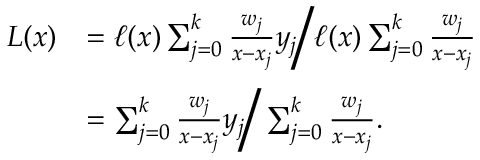
{ \begin{array} { r l } { L ( x ) } & { = \ell ( x ) \sum _ { j = 0 } ^ { k } { \frac { w _ { j } } { x - x _ { j } } } y _ { j } { \Bigg / } \ell ( x ) \sum _ { j = 0 } ^ { k } { \frac { w _ { j } } { x - x _ { j } } } } \\ & { = \sum _ { j = 0 } ^ { k } { \frac { w _ { j } } { x - x _ { j } } } y _ { j } { \Bigg / } \sum _ { j = 0 } ^ { k } { \frac { w _ { j } } { x - x _ { j } } } . } \end{array} }